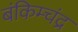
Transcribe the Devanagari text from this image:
बंकिम्चंद्र